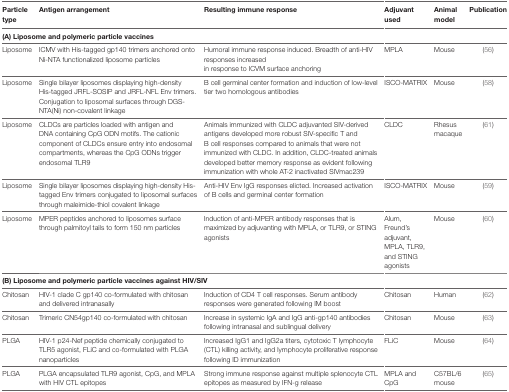
<table><thead><tr><td><b>Particle type</b></td><td><b>Antigen arrangement</b></td><td><b>Resulting immune response</b></td><td><b>Adjuvant used</b></td><td><b>Animal model</b></td><td><b>Publication</b></td></tr></thead><tbody><tr><td colspan="6"><b>(A) Liposome and polymeric particle vaccines</b></td></tr><tr><td>Liposome</td><td>ICMV with His-tagged gp140 trimers anchored onto Ni-NTA functionalized liposome particles</td><td>Humoral immune response induced. Breadth of anti-HIV responses increased in response to ICVM surface anchoring</td><td>MPLA</td><td>Mouse</td><td>(56)</td></tr><tr><td>Liposome</td><td>Single bilayer liposomes displaying high-density His-tagged JRFL-SOSIP and JRFL-NFL Env trimers. Conjugation to liposomal surfaces through DGS-NTA(Ni) non-covalent linkage</td><td>B cell germinal center formation and induction of low-level tier two homologous antibodies</td><td>ISCO-MATRIX</td><td>Mouse</td><td>(58)</td></tr><tr><td>Liposome</td><td>CLDCs are particles loaded with antigen and DNA containing CpG ODN motifs. The cationic component of CLDCs ensure entry into endosomal compartments, whereas the CpG ODNs trigger endosomal TLR9</td><td>Animals immunized with CLDC adjuvanted SIV-derived antigens developed more robust SIV-specific T and B cell responses compared to animals that were not immunized with CLDC. In addition, CLDC-treated animals developed better memory response as evident following immunization with whole AT-2 inactivated SIVmac239</td><td>CLDC</td><td>Rhesus macaque</td><td>(61)</td></tr><tr><td>Liposome</td><td>Single bilayer liposomes displaying high-density His-tagged Env trimers conjugated to liposomal surfaces through maleimide-thiol covalent linkage</td><td>Anti-HIV Env IgG responses elicted. Increased activation of B cells and germinal center formation</td><td>ISCO-MATRIX</td><td>Mouse</td><td>(59)</td></tr><tr><td>Liposome</td><td>MPER peptides anchored to liposomes surface through palmitoyl tails to form 150 nm particles</td><td>Induction of anti-MPER antibody responses that is maximized by adjuvanting with MPLA, or TLR9, or STING agonists</td><td>Alum, Freund’s adjuvant, MPLA, TLR9, and STING agonists</td><td>Mouse</td><td>(60)</td></tr><tr><td colspan="6"><b>(B) Liposome and polymeric particle vaccines against HIV/SIV</b></td></tr><tr><td>Chitosan</td><td>HIV-1 clade C gp140 co-formulated with chitosan and delivered intranasally</td><td>Induction of CD4 T cell responses. Serum antibody responses were generated following IM boost</td><td>Chitosan</td><td>Human</td><td>(62)</td></tr><tr><td>Chitosan</td><td>Trimeric CN54gp140 co-formulated with chitosan</td><td>Increase in systemic IgA and IgG anti-gp140 antibodies following intranasal and sublingual delivery</td><td>Chitosan</td><td>Mouse</td><td>(63)</td></tr><tr><td>PLGA</td><td>HIV-1 p24-Nef peptide chemically conjugated to TLR5 agonist, FLiC and co-formulated with PLGA nanoparticles</td><td>Increased IgG1 and IgG2a titers, cytotoxic T lymphocyte (CTL) killing activity, and lymphocyte proliferative response following ID immunization</td><td>FLiC</td><td>Mouse</td><td>(64)</td></tr><tr><td>PLGA</td><td>PLGA encapsulated TLR9 agonist, CpG, and MPLA with HIV CTL epitopes</td><td>Strong immune response against multiple splenocyte CTL epitopes as measured by IFN-g release</td><td>MPLA and CpG</td><td>C57BL/6 mouse</td><td>(65)</td></tr></tbody></table>